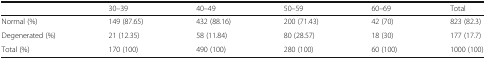
<table><thead><tr><td></td><td><b>30–39</b></td><td><b>40–49</b></td><td><b>50–59</b></td><td><b>60–69</b></td><td><b>Total</b></td></tr></thead><tbody><tr><td>Normal (%)</td><td>149 (87.65)</td><td>432 (88.16)</td><td>200 (71.43)</td><td>42 (70)</td><td>823 (82.3)</td></tr><tr><td>Degenerated (%)</td><td>21 (12.35)</td><td>58 (11.84)</td><td>80 (28.57)</td><td>18 (30)</td><td>177 (17.7)</td></tr><tr><td>Total (%)</td><td>170 (100)</td><td>490 (100)</td><td>280 (100)</td><td>60 (100)</td><td>1000 (100)</td></tr></tbody></table>